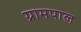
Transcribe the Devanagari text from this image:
ग्रामपाल